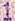
1